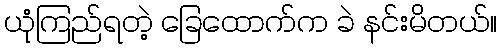
ယုံကြည်ရတဲ့ ခြေထောက်က ခဲ နင်းမိတယ်။